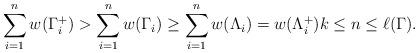
LaTeX: \begin{align*}\sum_{i=1}^{{n}}w(\Gamma^+_i) > \sum_{i=1}^{{n}}w(\Gamma_i)\geq \sum_{i=1}^n w(\Lambda_i)=w(\Lambda_i^+) k \leq n \leq\ell(\Gamma). \end{align*}